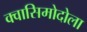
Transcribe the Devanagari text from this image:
क्वासिमोदोला